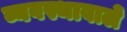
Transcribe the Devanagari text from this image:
व्यवस्थावाले